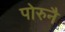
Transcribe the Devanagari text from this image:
पोरुनै